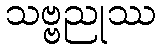
သဗ္ဗညုဿ